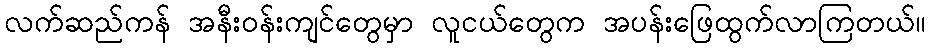
လက်ဆည်ကန် အနီးဝန်းကျင်တွေမှာ လူငယ်တွေက အပန်းဖြေထွက်လာကြတယ်။